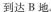
到达B地。